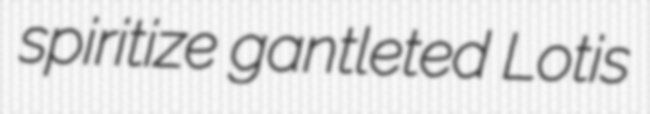
spiritize gantleted Lotis